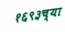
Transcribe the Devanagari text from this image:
१६९३च्या